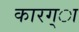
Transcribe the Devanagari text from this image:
कारग्ा